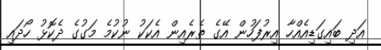
އަދި ބައިގަޑިއެއްހާ އިރުފަހުން އޭގެ ތެެރެއިން އެކަކު ނުކުމެ މަގުގެ ދެކޮޅު ހޯދައި